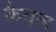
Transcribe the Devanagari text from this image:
कैबल